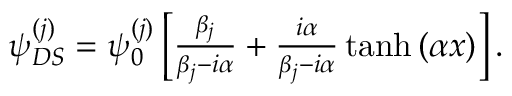
\begin{array} { r } { \psi _ { D S } ^ { ( j ) } = \psi _ { 0 } ^ { ( j ) } \left[ \frac { \beta _ { j } } { \beta _ { j } - i \alpha } + \frac { i \alpha } { \beta _ { j } - i \alpha } \operatorname { t a n h } { ( \alpha x ) } \right] . } \end{array}